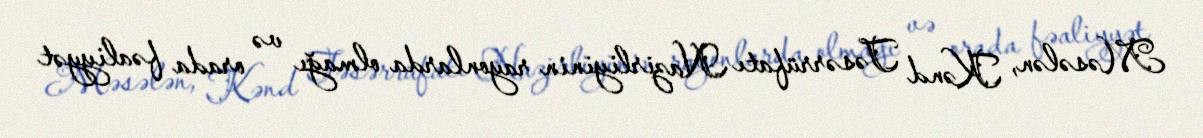
Məsələn, Kənd Təsərrüfatı Nazirliyinin rayonlarda olmağı və orada fəaliyyət